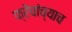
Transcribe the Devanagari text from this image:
फ्रेंचांच्याच